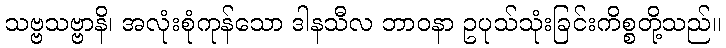
သဗ္ဗသဗ္ဗာနိ၊ အလုံးစုံကုန်သော ဒါနသီလ ဘာဝနာ ဥပုသ်သုံးခြင်းကိစ္စတို့သည်။